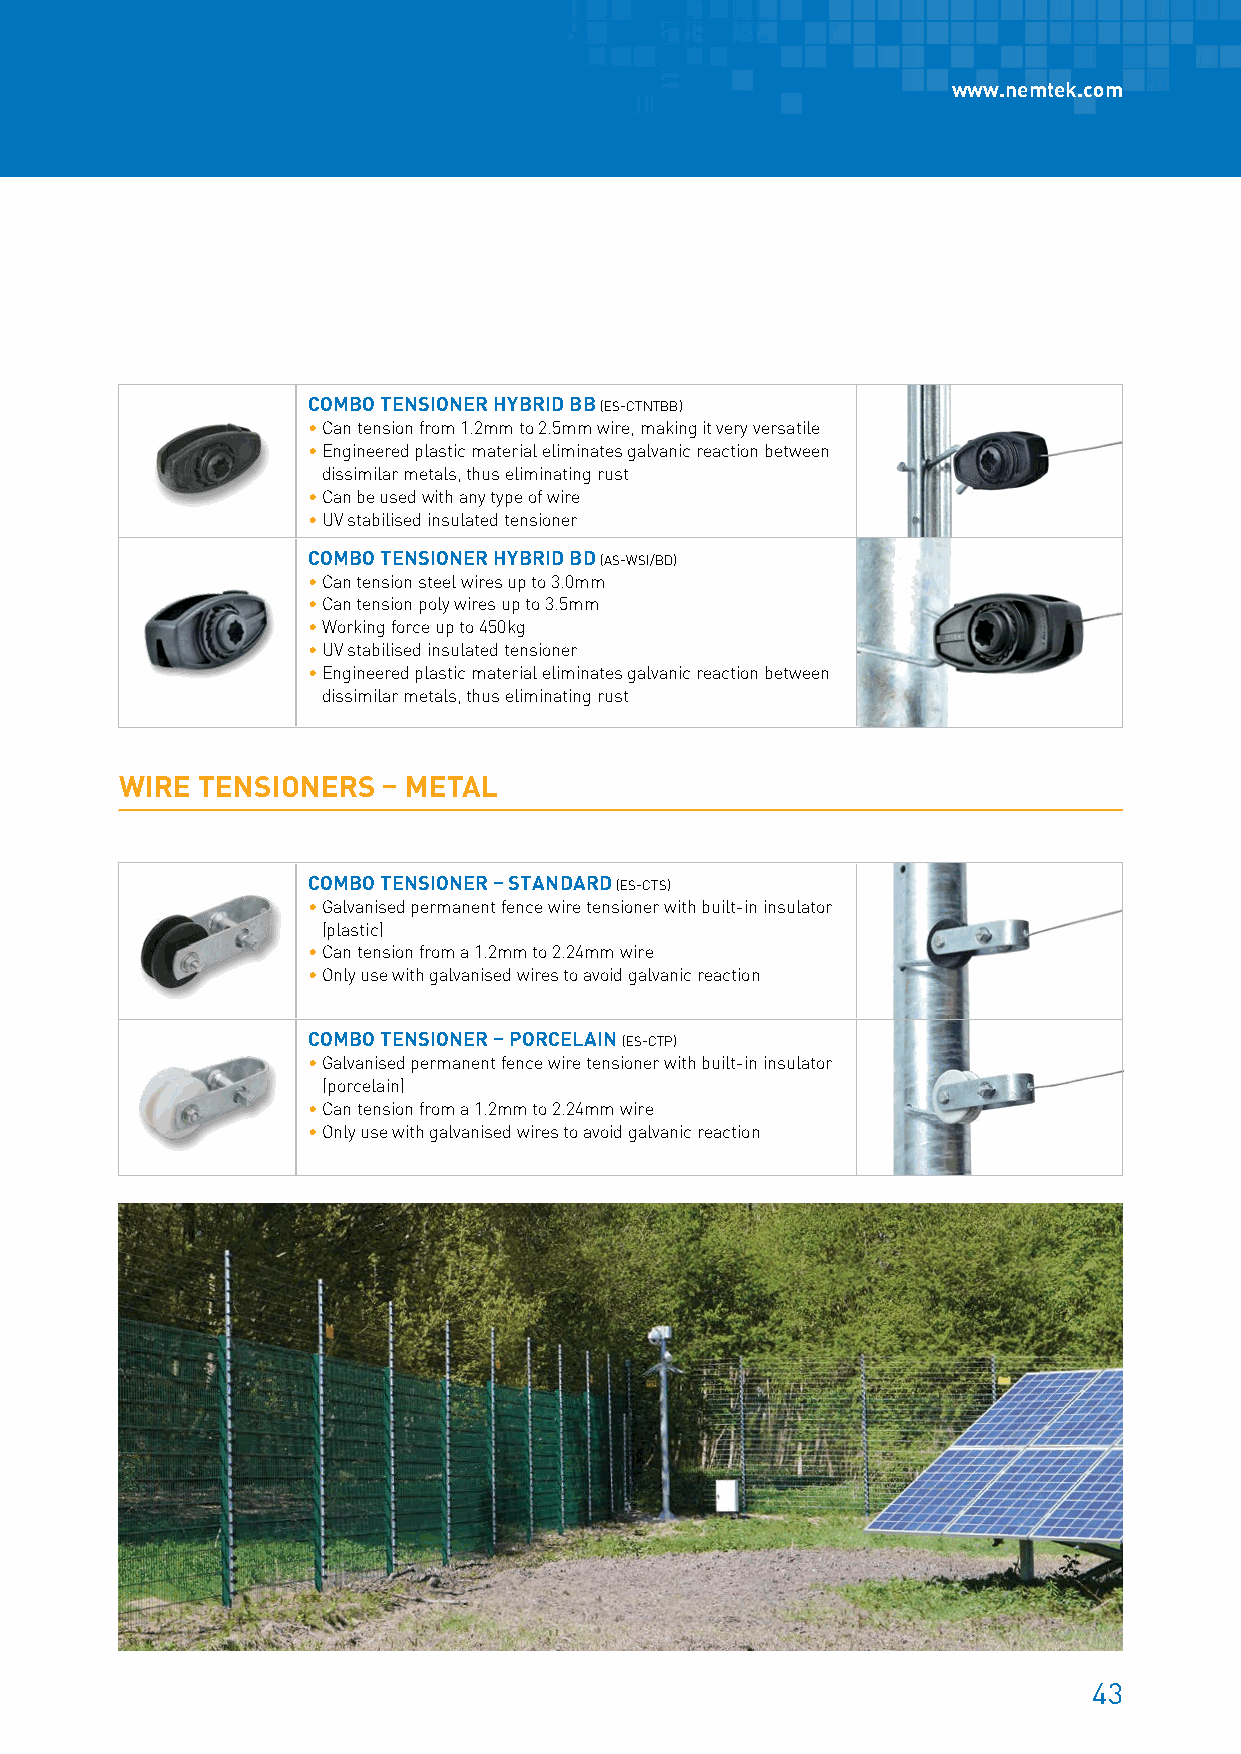
www.nemtek.com
 COMBO TENSIONER HYBRID BB (ES-CTNTBB)
 • Can tension from 1.2mm to 2.5mm wire, making it very versatile
 • Engineered plastic material eliminates galvanic reaction between
 dissimilar metals, thus eliminating rust
 • Can be used with any type of wire
 • UV stabilised insulated tensioner
 COMBO TENSIONER HYBRID BD (AS-WSI/BD)
 • Can tension steel wires up to 3.0mm
 • Can tension poly wires up to 3.5mm
 • Working force up to 450kg
 • UV stabilised insulated tensioner
 • Engineered plastic material eliminates galvanic reaction between
 dissimilar metals, thus eliminating rust
 WIRE TENSIONERS  – METAL
 COMBO TENSIONER – STANDARD (ES-CTS)
 • Galvanised permanent fence wire tensioner with built-in insulator
 (plastic)
 • Can tension from a 1.2mm to 2.24mm wire
 • Only use with galvanised wires to avoid galvanic reaction
 COMBO TENSIONER – PORCELAIN (ES-CTP)
 • Galvanised permanent fence wire tensioner with built-in insulator
 (porcelain)
 • Can tension from a 1.2mm to 2.24mm wire
 • Only use with galvanised wires to avoid galvanic reaction
 43